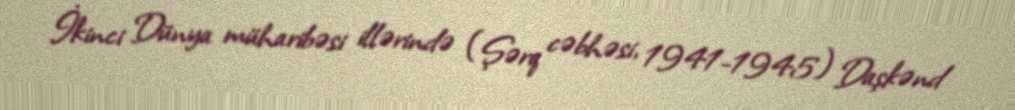
İkinci Dünya müharibəsi illərində (Şərq cəbhəsi, 1941-1945) Daşkənd